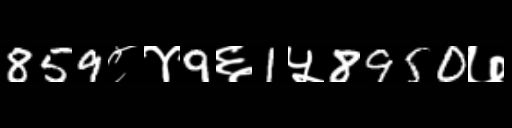
Text: 859८४9६1५8950७